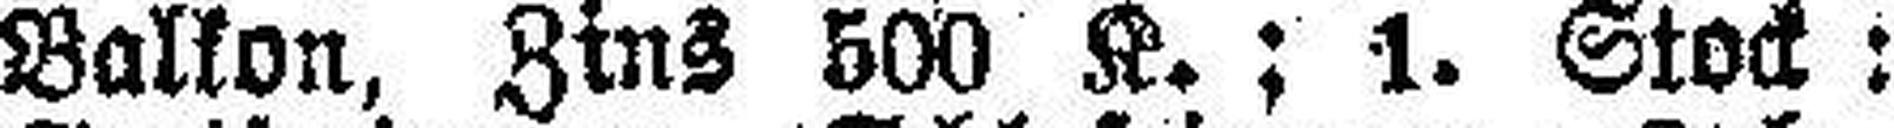
Balkon, Zins 500 K.; 1. Stock: